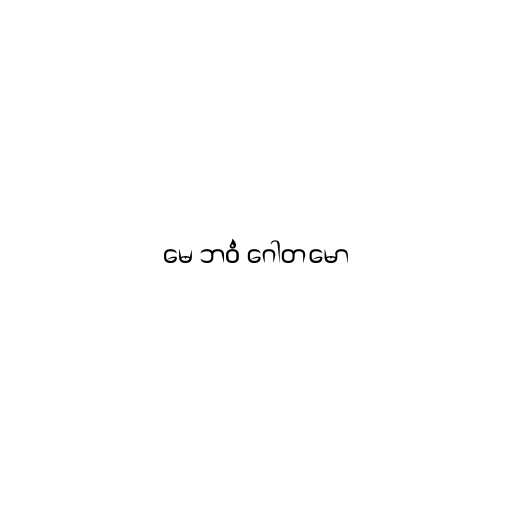
မေ ဘဝံ ဂေါတမော